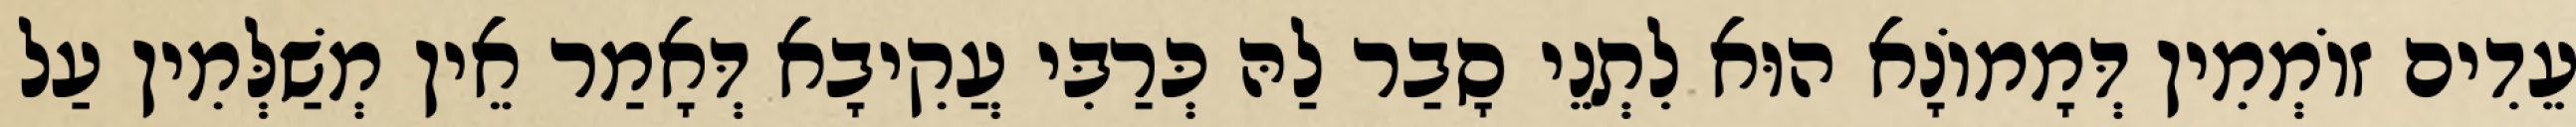
עֵדִים זוֹמְמִין דְּמָמוֹנָא הוּא לִתְנֵי סָבַר לַהּ כְּרַבִּי עֲקִיבָא דְּאָמַר אֵין מְשַׁלְּמִין עַל